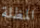
المظلة